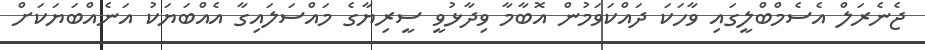
ޖެނެރަލް އެސެމްބްލީގައި ވާހަކަ ދައްކަވަމުން އޮބާމާ ވިދާޅުވީ ސީރިޔާގެ މައްސަލައިގާ އެއްބަޔަކު އަނެއްބަޔަކަށް